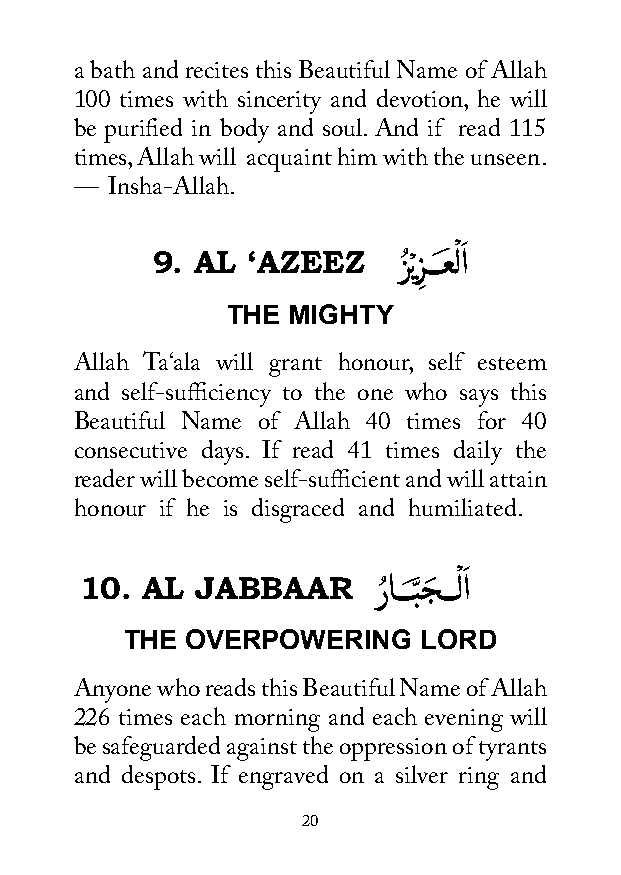
a bath and recites this Beautiful Name of Allah
 100 times with sincerity and devotion, he will
 be purified in body and soul. And if read 115
 times, Allah will acquaint him with the unseen.
 — Insha-Allah.
 ْ َ
 9. AL ‘AZEEZ    زُ ْيز
 ِ
 ـــعَ لا
 THE MIGHTY
 Allah Ta‘ala will grant honour, self esteem
 and self-sufficiency to the one who says this
 Beautiful Name of Allah 40 times for 40
 consecutive days. If read 41 times daily the
 reader will become self-sufficient and will attain
 honour if he is disgraced and humiliated.
 ْ َ
 10. AL  JABBAAR     رُ اـــبَّ جَ ـــلا
 THE OVERPOWERING    LORD
 Anyone who reads this Beautiful Name of Allah
 226 times each morning and each evening will
 be safeguarded against the oppression of tyrants
 and despots. If engraved on a silver ring and
 20